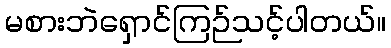
မစားဘဲရှောင်ကြဉ်သင့်ပါတယ်။